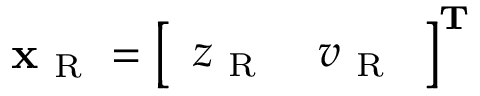
\mathbf { x } _ { \mathrm { ~ R ~ } } = \left[ \begin{array} { l l } { z _ { \mathrm { ~ R ~ } } } & { v _ { \mathrm { ~ R ~ } } } \end{array} \right] ^ { \mathbf { T } }